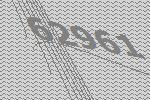
62961